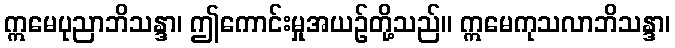
ဣမေပုညာဘိသန္ဒာ၊ ဤကောင်းမှုအယဉ်တို့သည်။ ဣမေကုသလာဘိသန္ဒာ၊